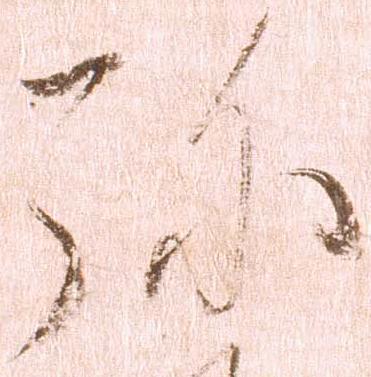
弥